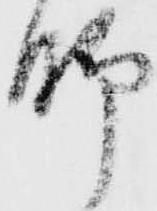
脚